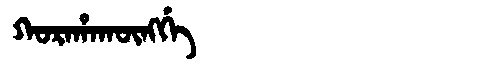
Manchu: ᡴᠣᡵᠠᡥᠠᡴᡡᠩᡤᡝ
Romanization: KORAHAKŪNGGE